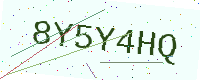
Text: 8Y5Y4HQ